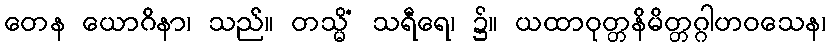
တေန ယောဂိနာ၊ သည်။ တသ္မိံ သရီရေ၊ ၌။ ယထာဝုတ္တနိမိတ္တဂ္ဂါဟဝသေန၊